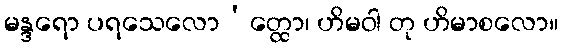
မန္ဒရော ပရသေလော’တ္ထော၊ ဟိမဝါ တု ဟိမာစလော။